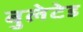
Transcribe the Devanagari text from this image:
बुलेटेड